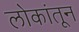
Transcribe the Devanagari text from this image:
लोकांतून